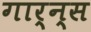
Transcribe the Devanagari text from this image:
गार्न्स